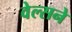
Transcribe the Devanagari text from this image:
वेल्सने